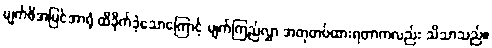
မျက်စိအမြင်အာရုံ ထိခိုက်ခဲ့သောကြောင့် မျက်ကြည်လွှာ အတုတပ်ထားရတာကလည်း သိသာသည်။